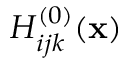
H _ { i j k } ^ { ( 0 ) } ( { \bf x } )